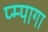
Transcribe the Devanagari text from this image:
प्म्पागा